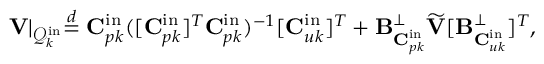
\mathbf { V } \lvert _ { \mathcal { Q } _ { k } ^ { \mathrm { i n } } } \stackrel { d } { = } \mathbf { C } _ { p k } ^ { \mathrm { i n } } ( [ \mathbf { C } _ { p k } ^ { \mathrm { i n } } ] ^ { T } \mathbf { C } _ { p k } ^ { \mathrm { i n } } ) ^ { - 1 } [ \mathbf { C } _ { u k } ^ { \mathrm { i n } } ] ^ { T } + \mathbf { B } _ { \mathbf { C } _ { p k } ^ { \mathrm { i n } } } ^ { \perp } \widetilde { \mathbf { V } } [ \mathbf { B } _ { \mathbf { C } _ { u k } ^ { \mathrm { i n } } } ^ { \perp } ] ^ { T } ,